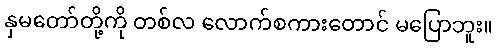
နှမတော်တို့ကို တစ်လ လောက်စကားတောင် မပြောဘူး။